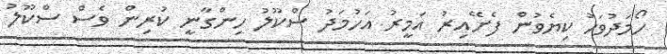
ހޯމަދުވަހު ކިޔެވުން ފެށޭއިރު އަމީރު އަހުމަދު ސްކޫލު ހިންގާނީ ކުރިން ވެސް ސްކޫލު